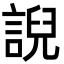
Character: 誽